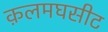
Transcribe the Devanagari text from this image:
क़लमघसीट